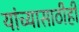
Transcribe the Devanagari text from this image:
यांच्यासाठीही